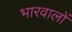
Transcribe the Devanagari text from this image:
भारवालों